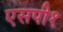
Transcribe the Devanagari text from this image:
एसपी१